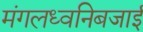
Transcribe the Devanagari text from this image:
मंगलध्वनिबजाई